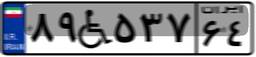
۸۹W۵۳۷۶۴